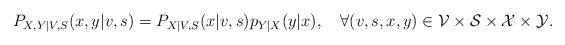
LaTeX: \begin{align*}P_{X,Y|V,S}(x,y|v,s)=P_{X|V,S}(x|v,s)p_{Y|X}(y|x),\quad\forall(v,s,x,y)\in\mathcal{V}\times\mathcal{S}\times\mathcal{X}\times\mathcal{Y}.\end{align*}